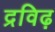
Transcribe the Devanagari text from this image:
द्रविढ़